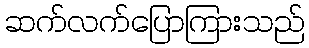
ဆက်လက်ပြောကြားသည်